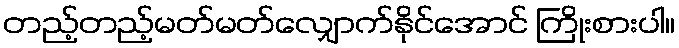
တည့်တည့်မတ်မတ်လျှောက်နိုင်အောင် ကြိုးစားပါ။